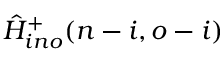
\hat { H } _ { i n o } ^ { + } ( n - i , o - i )